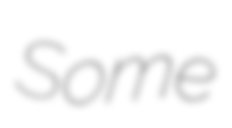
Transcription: Some